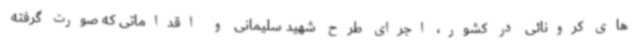
های کرونائی در کشور، اجرای طرح شهید سلیمانی و اقداماتی که صورت گرفته